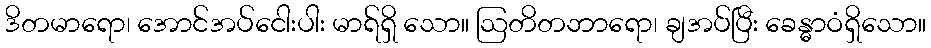
ဒိတမာရော၊ အောင်အပ်ငေါးပါး မာရ်ရှိ သော။ ဩတိတဘာရော၊ ချအပ်ပြီး ခေန္ဓာဝံရှိသော။